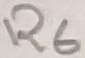
Text: R6